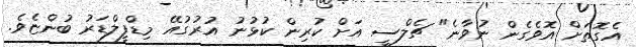
އެގޮތަށް އޮވެގެން ނުވާނެ" ޗެލްސީ އަށް ކުރިން ކުޅުނު އުރުގުއޭ މިޑްފީލްޑަރު ބުންޏެވެ.